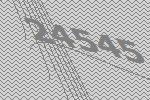
24545